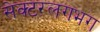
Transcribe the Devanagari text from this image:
सेक्टरलगभग